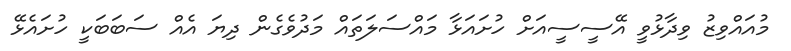
މުއައްވިޒު ވިދާޅުވީ އޭސީސީއަށް ހުށައަޅާ މައްސަލަތައް މަދުވެގެން ދިޔަ އެއް ސަބަބަކީ ހުށައެޅޭ